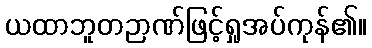
ယထာဘူတဉာဏ်ဖြင့်ရှုအပ်ကုန်၏။